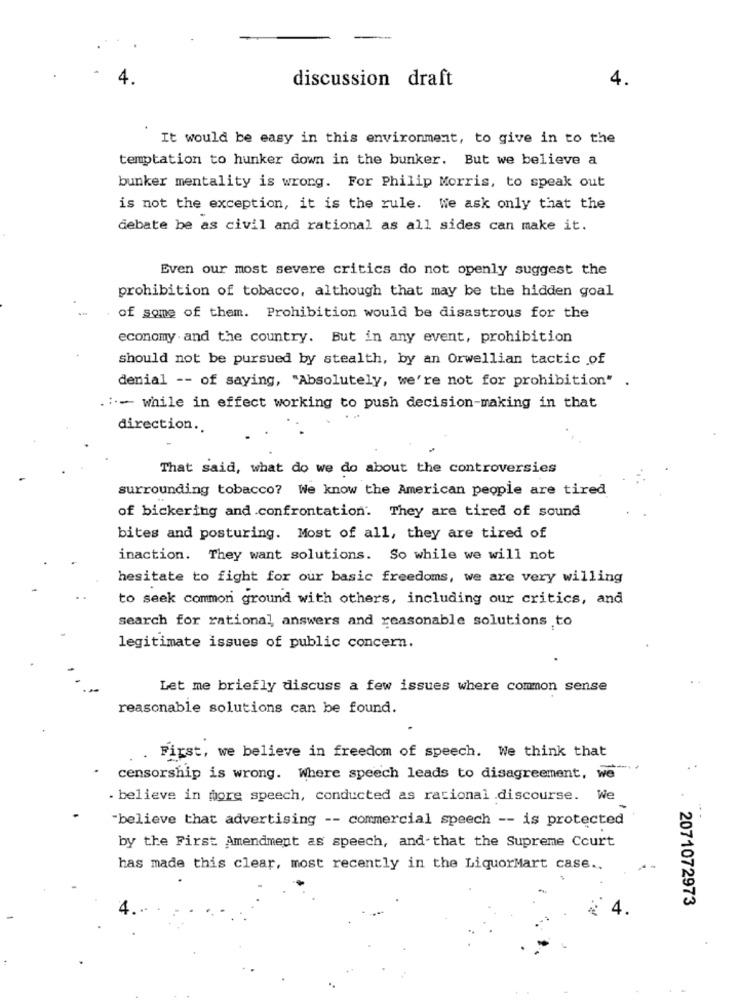
4.
discussion draft
4.
It would be easy in this environment, to give in to the
temptation to hunker down in the bunker. But we believe a
bunker mentality is wrong. For Philip Morris, to speak out
is not the exception, it is the rule. We ask only that the
debate be as civil and rational as all sides can make it.
Even our most severe critics do not openly suggest the
prohibition of tobacco, although that may be the hidden goal
of some of them. Prohibition would be disastrous for the
economy and the country. But in any event, prohibition
should not be pursued by stealth, by an Orwellian tactic of
denial -- of saying, "Absolutely, we're not for prohibition" .
.:.- while in effect working to push decision-making in that
direction ..
That said, what do we do about the controversies
surrounding tobacco? We know the American people are tired
of bickering and confrontation. They are tired of sound
bites and posturing. Most of all, they are tired of
inaction. They want solutions. So while we will not
hesitate to fight for our basic freedoms, we are very willing
to seek common ground with others, including our critics, and
search for rational answers and reasonable solutions to
legitimate issues of public concern.
Let me briefly discuss a few issues where common sense
reasonable solutions can be found.
First, we believe in freedom of speech. We think that
censorship is wrong. Where speech leads to disagreement, we"'
. believe in more speech, conducted as racional discourse. We
"believe that advertising -- commercial speech -- is protected
by the First Amendment as speech, and-that the Supreme Court
has made this clear, most recently in the LiquorMart case ..
2071072973
4.